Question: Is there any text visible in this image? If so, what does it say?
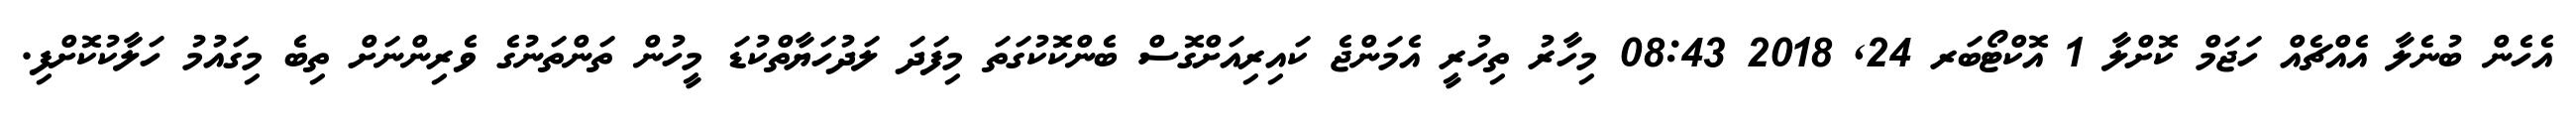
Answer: އެހެން ބުނެލާ އެއްޗެއް ހަޖަމް ކޮށްލާ 1 އޮކްޓޯބަރ 24, 2018 08:43 މިހާރު ތިހުރީ އެމަންޖެ ކައިރިއަށްގޮސް ބެންކޮކުގަތަ މިފަދަ ލަދުހަޔާތްކުޑަ މީހުން ތަންތަނުގެ ވެރިންނަށް ތިބެ މިގައުމު ހަލާކުކޮށްފި.